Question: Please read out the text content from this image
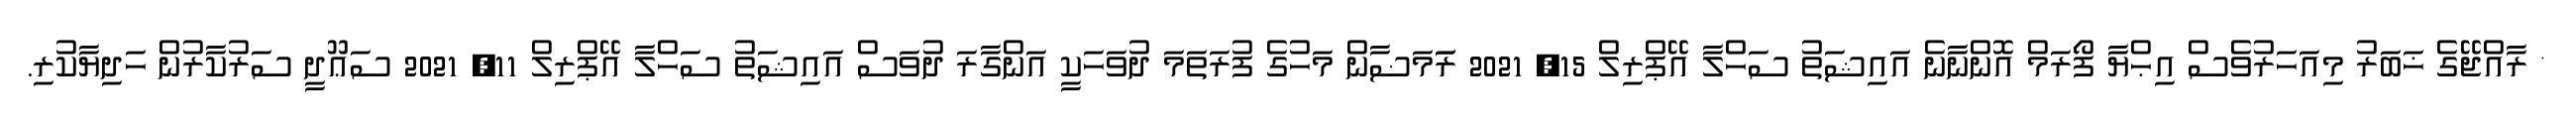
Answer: * ރާއްޖޭގެ ޚަބަރު މިއަހަރުވެސް އިޙްޔާ ފޯރަމް އޮންނާނެ އައިޝަތު ސަހްލާ އޭޕްރިލް 15, 2021 ރަަމަޟާން މަހުގެ ފުރަތަމަ ދުވަހަކީ އަންގާރަ ދުވަސް އައިޝަތު ސަހްލާ އޭޕްރިލް 11, 2021 ސަޢޫދީ ސަރުކާރުން ހަދިޔާކުރި.